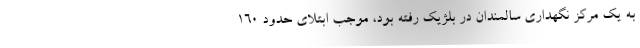
به یک مرکز نگهداری سالمندان در بلژیک رفته بود، موجب ابتلای حدود 160